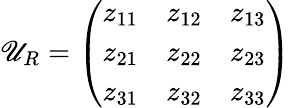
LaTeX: \mathscr{U}_{R}=\left(\begin{array}{ccc}{{z_{11}}}&{{z_{12}}}&{{z_{13}}}\\ {{z_{21}}}&{{z_{22}}}&{{z_{23}}}\\ {{z_{31}}}&{{z_{32}}}&{{z_{33}}}\end{array}\right)